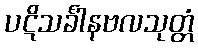
ပဋိသင်္ခါနဗလသုတ္တံ